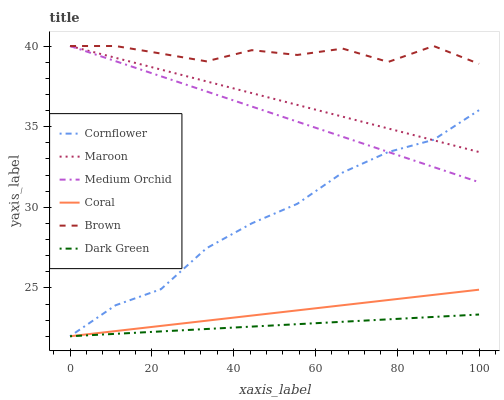
| xaxis_label | Cornflower | Maroon | Medium Orchid | Coral | Brown | Dark Green |
 | --- | --- | --- | --- | --- | --- | --- |
 | 0 | 22 | 40 | 40 | 22 | 40 | 22 |
 | 11.1 | 23.9 | 39.3 | 39.1 | 22.3 | 40 | 22.1 |
 | 22.2 | 24.9 | 38.5 | 38.1 | 22.6 | 39.5 | 22.3 |
 | 33.3 | 27.5 | 37.8 | 37.2 | 23 | 39.1 | 22.4 |
 | 44.4 | 29 | 37.1 | 36.2 | 23.3 | 39.7 | 22.6 |
 | 55.6 | 30.2 | 36.3 | 35.3 | 23.6 | 39.4 | 22.7 |
 | 66.7 | 32.2 | 35.6 | 34.4 | 23.9 | 39.8 | 22.9 |
 | 77.8 | 33.4 | 34.9 | 33.4 | 24.2 | 39 | 23 |
 | 88.9 | 34.2 | 34.2 | 32.5 | 24.6 | 40 | 23.2 |
 | 100 | 36 | 33.4 | 31.6 | 24.9 | 38.9 | 23.3 |